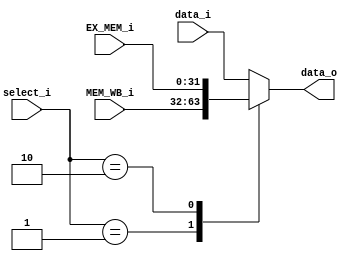
`timescale 1ns / 1ps

module Forwarding_MUX(
    select_i,
    data_i,
    EX_MEM_i,
    MEM_WB_i,
    data_o
);

input	[1:0]		select_i;
input	[31:0]		data_i, EX_MEM_i, MEM_WB_i;
output reg[31:0]	data_o;


always @(*) begin
	case(select_i)
        2'b00: data_o = data_i;

        2'b01: data_o = MEM_WB_i;

		2'b10: data_o = EX_MEM_i;	

        default : data_o = data_i;
	endcase
end

endmodule